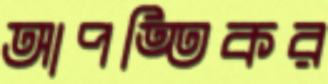
আপত্তিকর